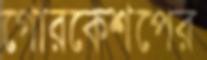
গোরকেশপের